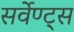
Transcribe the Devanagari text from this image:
सर्वेण्ट्स